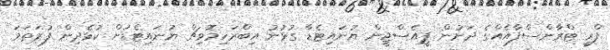
ފްރީ ޓްރާންސްފާއެއްގެ ދަށުން ޕީއެސްޖީން ޔުނައިޓެޑާ ގުޅުނު އިބްރަހިމޮވިޗް ޔުނައިޓެޑަށް ކުޅެދިން ފުރަތަމަ